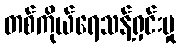
တစ်ကိုယ်ရေသန့်ရှင်းမှု